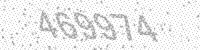
Solution: 469974